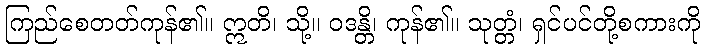
ကြည်စေတတ်ကုန်၏။ ဣတိ၊ သို့။ ဝဒန္တိ၊ ကုန်၏။ သုတ္တံ၊ ရှင်ပင်တို့စကားကို